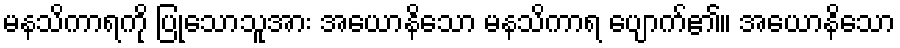
မနသိကာရကို ပြုသောသူအား အယောနိသော မနသိကာရ ပျောက်၏။ အယောနိသော